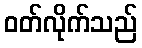
ဝတ်လိုက်သည်